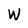
Character: W